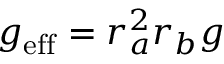
g _ { \mathrm { e f f } } = r _ { a } ^ { 2 } r _ { b } g